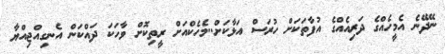
ނޭދޭނެ އެމީހެއްގެ ދަރިއެއްގެ އުފާތަކަށް ހުރަސް އަޅާކަށް..މެހެކްއަށް ރީތިކޮށް ވާހަކަ ދައްކަން އެނގިއްޖިއްޔާ